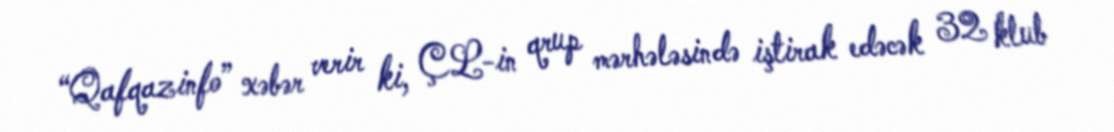
“Qafqazinfo” xəbər verir ki, ÇL-in qrup mərhələsində iştirak edəcək 32 klub